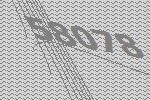
58078